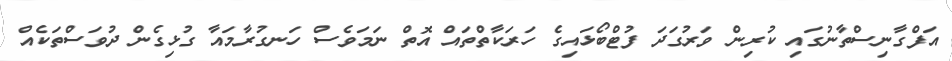
އަފްގާނިސްތާނުގައި ކުރިން ވަރުގަދަ ފުޓްބޯޅައިގެ ހަރަކާތްތައް އޮތް ނަމަވެސް ހަނގުރާމައާ ގުޅިގެން ދުވަސްތަކެއް